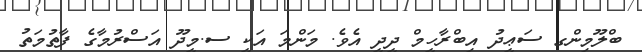
ބްލޫމިންގ ސަޢީދު އިބްރާހީމް ދީދީ އެވެ. މަންމަ އަކީ ސ.މީދޫ އަސްރުމާގެ ފާތުމަތު